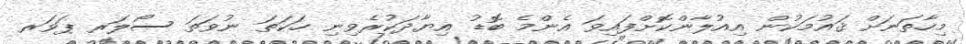
މިހާތަނަށް ޤައުމަކުން އިއުލާންކޮށްފައިވަ އެންމެ ބޮޑު އިޔާދަކުރެވިނި ހަކަތަ ނުވަތަ ސޯލަރ ޕަވަރ